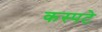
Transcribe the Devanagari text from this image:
कस्पटे